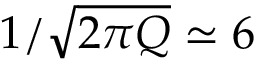
1 / \sqrt { 2 \pi Q } \simeq 6 \